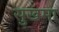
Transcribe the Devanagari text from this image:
सुखमा